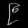
Digit: ၉